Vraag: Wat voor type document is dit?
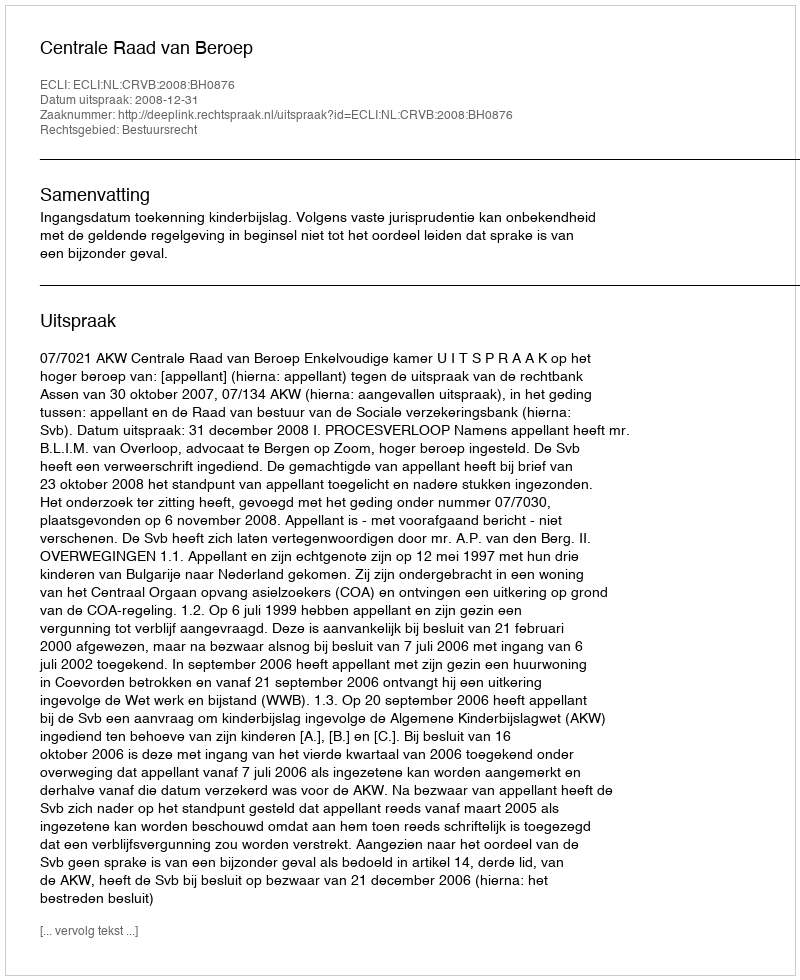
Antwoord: Uitspraak